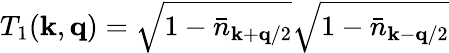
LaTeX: T_{1}({\mathbf{k}},{\mathbf{q}})=\sqrt{1-{\bar{n}}_{{\mathbf{k}}+{\mathbf{q}}/2}}\sqrt{1-{\bar{n}}_{{\mathbf{k}}-{\mathbf{q}}/2}}